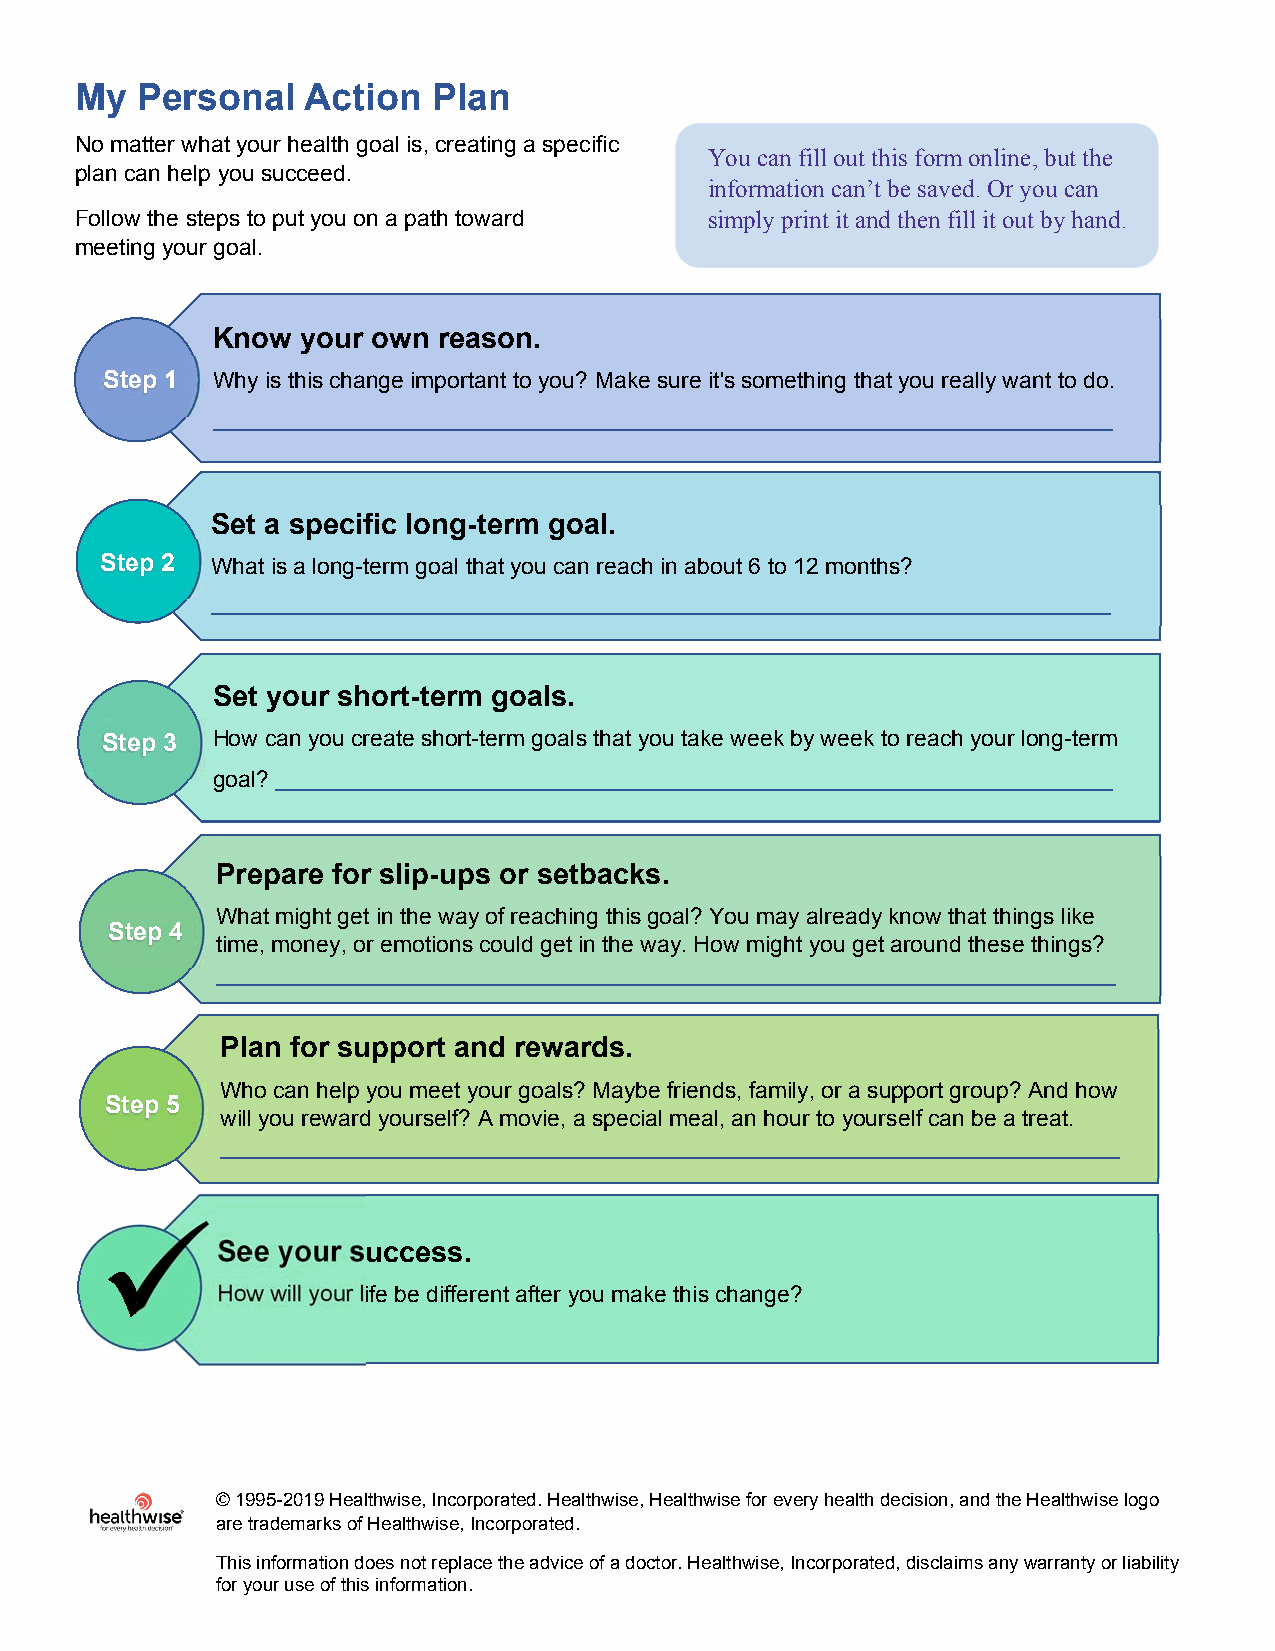
My  Personal   Action   Plan
 No matter what your health goal is, creating a specific
 You can fill out this form online, but the
 plan can help you succeed.
 information can’t be saved. Or you can
 Follow the steps to put you on a path toward simply print it and then fill it out by hand.
 meeting your goal.
 Know  your own reason.
 Step 1 Why is this change important to you? Make sure it's something that you really want to do.
 Set a specific long-term goal.
 Step 2 What is a long-term goal that you can reach in about 6 to 12 months?
 Set your short-term goals.
 Step 3 How can you create short-term goals that you take week by week to reach your long-term
 goal?
 Prepare for slip-ups or setbacks.
 What might get in the way of reaching this goal? You may already know that things like
 Step 4
 time, money, or emotions could get in the way. How might you get around these things?
 Plan for support and rewards.
 Who can help you meet your goals? Maybe friends, family, or a support group? And how
 Step 5
 will you reward yourself? A movie, a special meal, an hour to yourself can be a treat.
 
 See your success.
 How will your life be different after you make this change?
 © 1995-2019 Healthwise, Incorporated. Healthwise, Healthwise for every health decision, and the Healthwise logo
 are trademarks of Healthwise, Incorporated.
 This information does not replace the advice of a doctor. Healthwise, Incorporated, disclaims any warranty or liability
 for your use of this information.